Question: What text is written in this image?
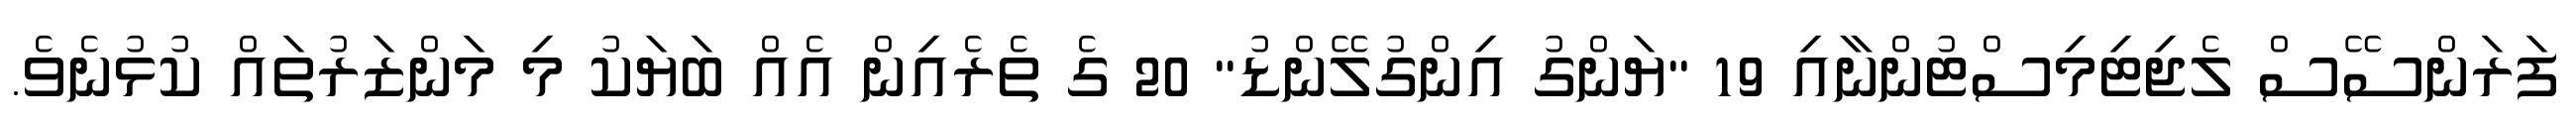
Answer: ފަރަންސޭސް ލެޖިޓިމިސްޓުންނާއި 19 "ޔަންގު އިންގުލޭންޑު" 20 ގެ ތެރެއިން އެއް ބަޔަކު މި މަންޒަރުތައް ކުޅުނެވެ.